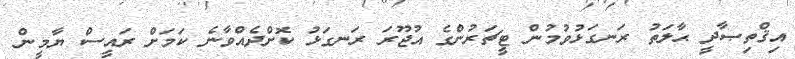
އިޤްތިޞާދީ ޙާލަތު ރަނގަޅުވުމުން ޓީޗަރުންގެ އުޖޫރަ ރަނގަޅު ކޮށްދެއްވާނެ ކަމަށް ރައީސް ޔާމީން